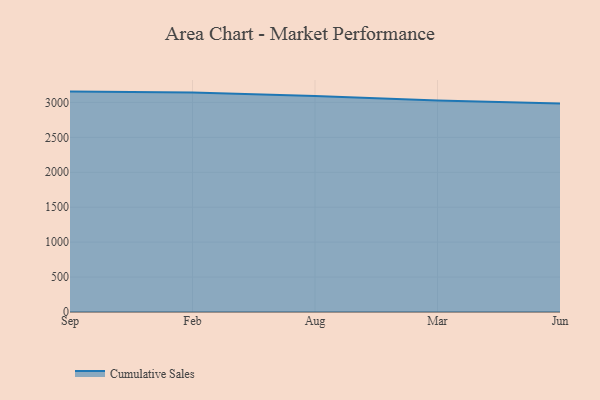
{"axis": {"x": "Month", "y": "Net Income (USD K)"}, "legend": ["Cumulative Sales"], "data": [{"x": "Sep", "y": 3154.9, "type": "Cumulative Sales"}, {"x": "Feb", "y": 3141.0, "type": "Cumulative Sales"}, {"x": "Aug", "y": 3090.3, "type": "Cumulative Sales"}, {"x": "Mar", "y": 3028.1, "type": "Cumulative Sales"}, {"x": "Jun", "y": 2982.9, "type": "Cumulative Sales"}]}